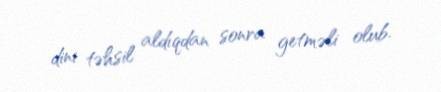
dini təhsil aldıqdan sonra getməli olub.